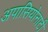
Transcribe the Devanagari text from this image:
अपासियोनाटी